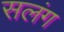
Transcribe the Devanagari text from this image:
सलंग